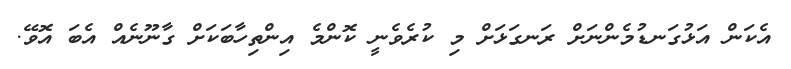
އެކަން އަޅުގަނޑުމެންނަށް ރަނގަޅަށް މި ކުރެވެނީ ކޮންމެ އިންތިހާބަކަށް ގާނޫނެއް އެބަ އޮވޭ.